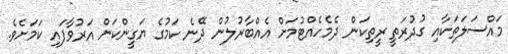
މައްސަލަތަކާއި ގުދުރަތީ ރީތިކަން ދެމެހެއްޓުމަށް އެއްބާރުލުން ދޭނެ ކަމުގެ ޔަގީންކަން އަރުވާފައި ކަމަށެވެ.